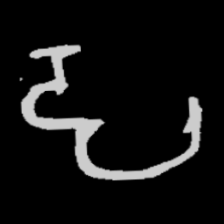
Pyu character \u2014 Myanmar letter: ဠ (romanized: lla)